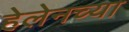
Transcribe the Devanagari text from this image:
हेलेनच्या